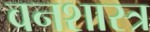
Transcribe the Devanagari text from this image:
वनशास्त्र